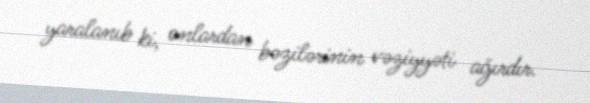
yaralanıb ki, onlardan bəzilərinin vəziyyəti ağırdır.